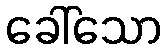
ခေါ်သော